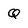
Character: Q